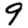
Digit: 9